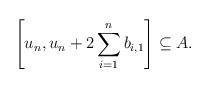
LaTeX: \begin{align*}\left[ u_n, u_n + 2\sum_{i=1}^n b_{i,1} \right] \subseteq A.\end{align*}